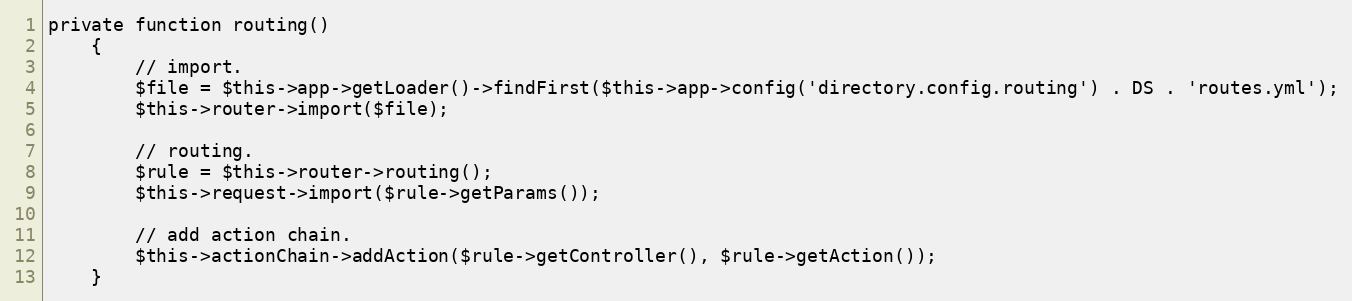
Language: PHP
private function routing()
    {
        // import.
        $file = $this->app->getLoader()->findFirst($this->app->config('directory.config.routing') . DS . 'routes.yml');
        $this->router->import($file);

        // routing.
        $rule = $this->router->routing();
        $this->request->import($rule->getParams());

        // add action chain.
        $this->actionChain->addAction($rule->getController(), $rule->getAction());
    }